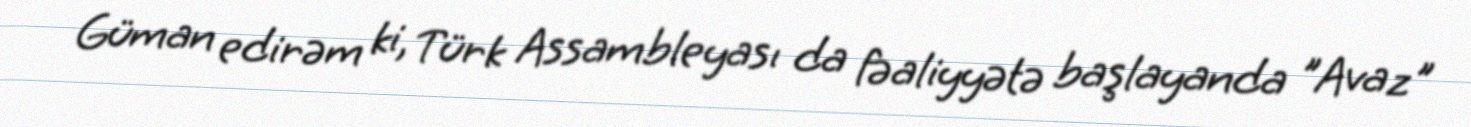
Güman edirəm ki, Türk Assambleyası da fəaliyyətə başlayanda "Avaz"